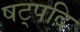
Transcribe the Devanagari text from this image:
षट्पदि